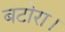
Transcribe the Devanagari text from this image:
बटोरा।